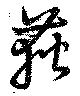
荻